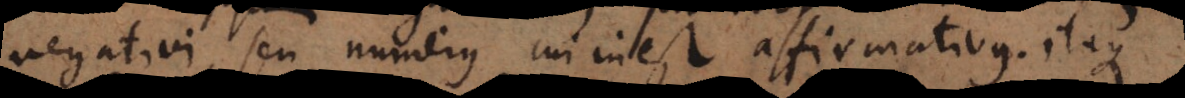
negativi, seu numerus cui inest affirmativus. Itaque